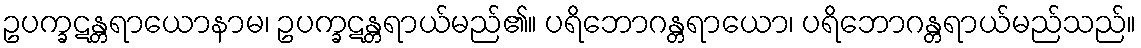
ဥပက္ခဋန္တရာယောနာမ၊ ဥပက္ခဋန္တရာယ်မည်၏။ ပရိဘောဂန္တရာယော၊ ပရိဘောဂန္တရာယ်မည်သည်။